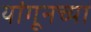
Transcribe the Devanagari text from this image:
यांगूनच्या